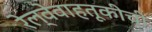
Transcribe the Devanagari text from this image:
रेल्वेवाहतूकीची